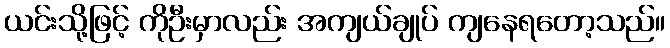
ယင်းသို့ဖြင့် ကိုဦးမှာလည်း အကျယ်ချုပ် ကျနေရတော့သည်။